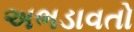
અભડાવતો